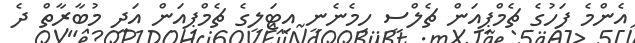
އެންމެ ފަހުގެ ޗެމްޕިއަން ޗެލްސީ ހިމެނެނީ އިޓަލީގެ ޗެމްޕިއަން އަދި މުބާރާތް ދެ